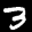
Label: 3